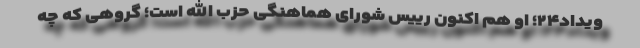
ویداد۲۴؛ او هم اکنون رییس شورای هماهنگی حزب الله است؛ گروهی که چه